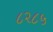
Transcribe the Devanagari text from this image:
८२८५